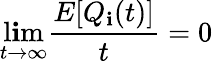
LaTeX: \operatorname*{l\mathbf{i}m}_{t\rightarrow\infty}{\frac{{E[Q_{\mathbf{i}}(t)]}}{{t}}}=0